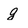
Character: g